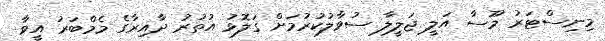
މިނިސްޓަރު މޫސާ އަލީ ޖަލީލާ ސުވާލުކުރުމަށް ގަލޮޅު އުތުރު ދާއިރާގެ މެމްބަރު އީވާ